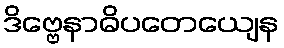
ဒိဗ္ဗေနာဓိပတေယျေန